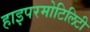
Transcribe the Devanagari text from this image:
हाइपरमोटिलिटी